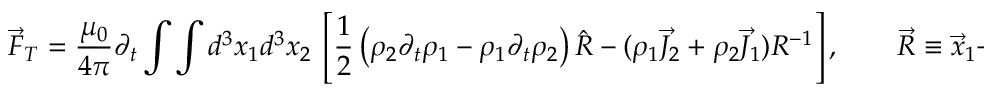
\vec { F } _ { T } = \frac { \mu _ { 0 } } { 4 \pi } \partial _ { t } \int \int d ^ { 3 } x _ { 1 } d ^ { 3 } x _ { 2 } ~ \left[ \frac { 1 } { 2 } \left( \rho _ { 2 } \partial _ { t } \rho _ { 1 } - \rho _ { 1 } \partial _ { t } \rho _ { 2 } \right) \hat { R } - ( \rho _ { 1 } \vec { J } _ { 2 } + \rho _ { 2 } \vec { J } _ { 1 } ) R ^ { - 1 } \right] , \qquad \vec { R } \equiv \vec { x } _ { 1 } - \vec { x } _ { 2 }